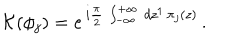
{ \cal K } ( \phi _ { j } ) = e ^ { \, i \frac { \pi } { 2 } \, \int _ { - \infty } ^ { + \infty } \, d z ^ { 1 } \, \pi _ { j } ( z ) } \, .